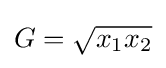
G={\sqrt {x_{1}x_{2}}}